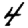
Digit: 4